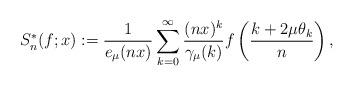
LaTeX: \begin{align*}S_{n}^*(f;x):= \frac{1}{e_\mu(nx)}\sum_{k=0}^\infty \frac{(nx)^k}{\gamma_\mu(k)} f \left(\frac{k+2\mu\theta_k}{n}\right),\end{align*}